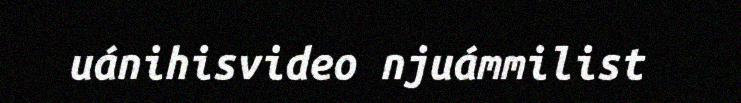
uánihisvideo njuámmilist